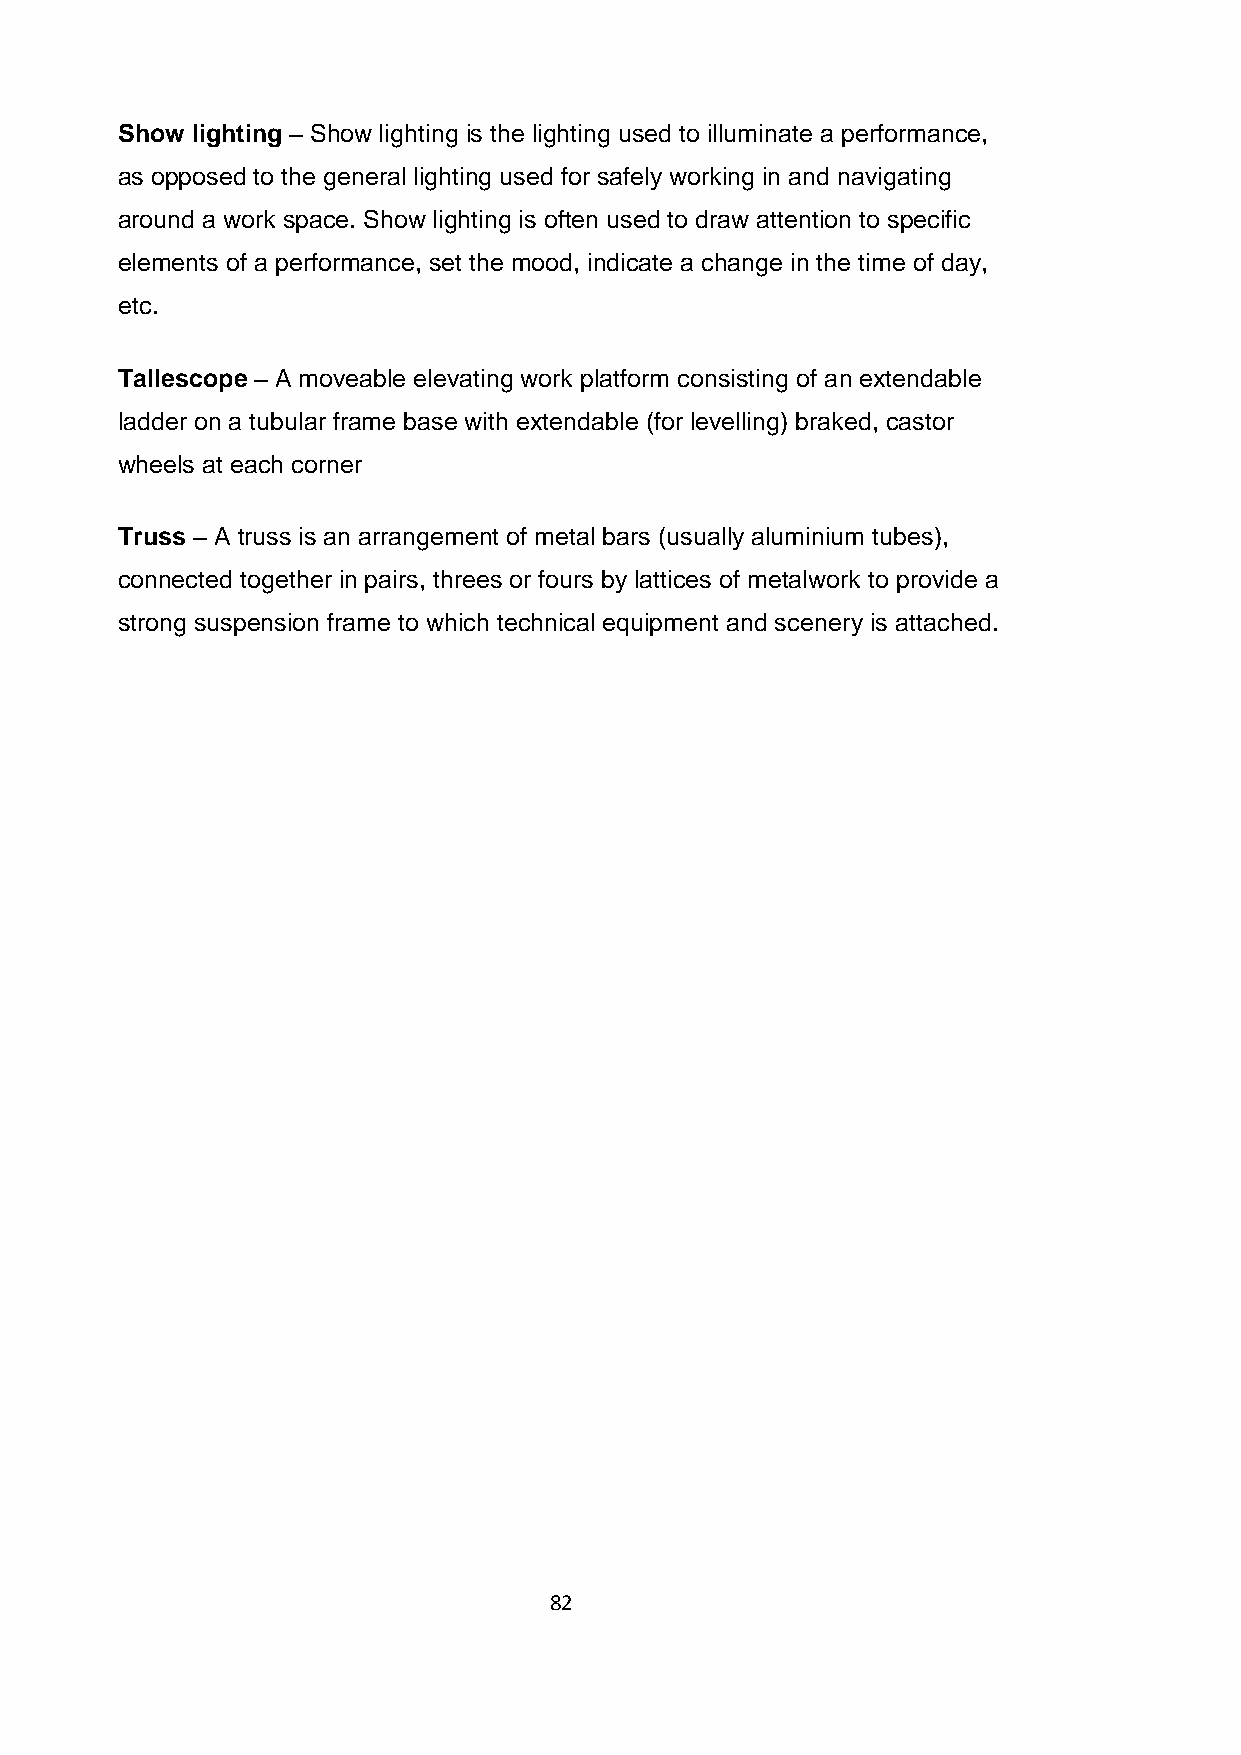
Show lighting – Show lighting is the lighting used to illuminate a performance,
 as opposed to the general lighting used for safely working in and navigating
 around a work space. Show lighting is often used to draw attention to specific
 elements of a performance, set the mood, indicate a change in the time of day,
 etc.
 Tallescope – A moveable elevating work platform consisting of an extendable
 ladder on a tubular frame base with extendable (for levelling) braked, castor
 wheels at each corner
 Truss – A truss is an arrangement of metal bars (usually aluminium tubes),
 connected together in pairs, threes or fours by lattices of metalwork to provide a
 strong suspension frame to which technical equipment and scenery is attached.
 82